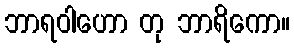
ဘာရဝါဟော တု ဘာရိကော။